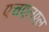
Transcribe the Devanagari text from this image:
एचएलएल